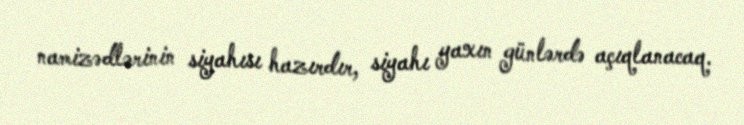
namizədlərinin siyahısı hazırdır, siyahı yaxın günlərdə açıqlanacaq.